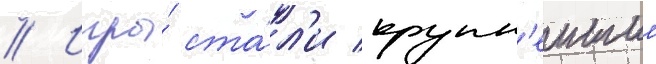
// Игры́ ста́л'и крупн'еишим